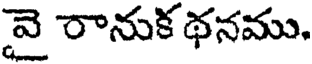
వై రానుక థనము.